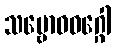
သမ္ဗောဓဝဂ္ဂေါ